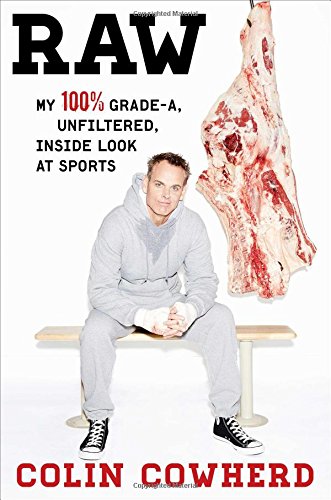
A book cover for Raw: My 100% Grade-A, Unfiltered, Inside Look at Sports; Colin Cowherd; Biographies & Memoirs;